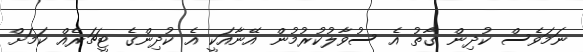
ނަމަވެސް ކުދިން ގާތު އެ ސުވާލުކުރުމުން އޭނާއަކީ އެ ކުދިންގެ ޓީޗަރެއް ކަމަށް